Vital statistics of India. Vol. IV, Annual returns from 1871 to 1876. British Army of India, Native Army and jails of Bengal
Year: 1871
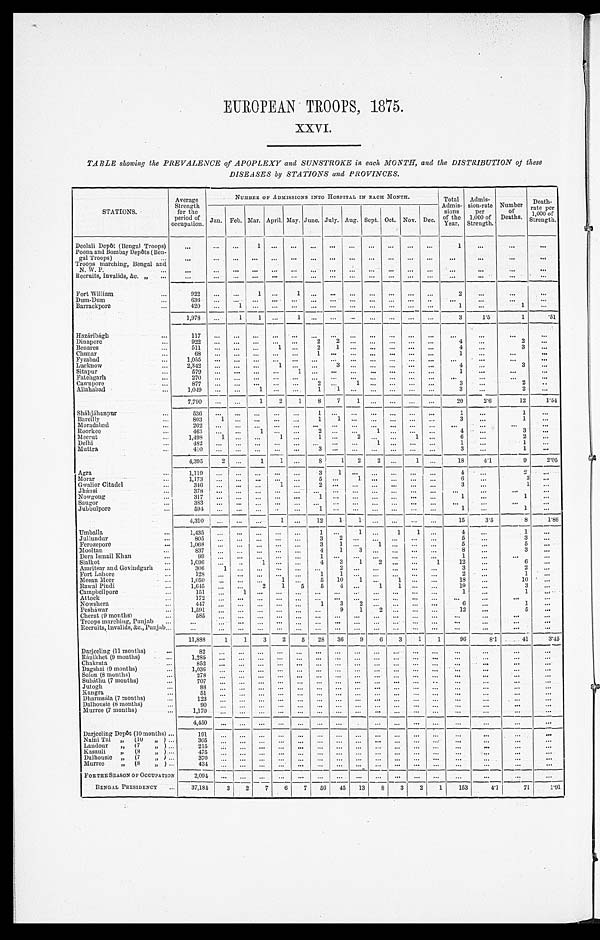
EUROPEAN TROOPS, 1875.
XXVI.
TABLE showing the PREVALENCE of APOPLEXY and SUNSTROKE in each MONTH, and the DISTRIBUTION of these
DISEASES by STATIONS and PROVINCES.
STATIONS.
Average
Strength for the
period of
occupation.
NUMBER OF ADMISSIONS INTO HOSPITAL IN EACH MONTH.
T o t a l
A d m i s -
s i o n s
o f t h e
Y e a r .
A d m i s -
sion-rate
p e r
1 , 0 0 0 o f
Strength.
Number of D e a t h s .
Deat h-
r at e per
1, 000 of
St rengt h.
Jan. Feb. Mar.
A p r i l .
May. June. July. Aug. Sept. Oct. Nov. Dec.
Deolali Depôt (Bengal Troops)
1
1
Poona and Bombay Depôts (Ben-
gal Troops)
Troops marching, Bengal and
N. W. P.
Recruits, Invalids, &c. „
Fort William
922
1
1
2
Dum-Dum
6 3 6
Barrackpore
420
1
1
1
1,978
1 1
1
3
1.5
1
. 5 1
Hazáribágh
117
Dinapore
9 2 2
2 2
4
2
Benares
511
1
2 1
4
3
Chunar
6 8
1
1
Fyzabad
1 , 0 5 5
Lucknow
2,342
1
3
4
3
Sitapur
5 7 9
1
1
Fatehgarh
270
Cawnpore
8 7 7
2
1
3
2
Allahabad
1, 049
1
1 1
3
2
7,790
1 2 1 8 7 1
20 2.6
1 2
1.54
Sháhjáhanpur
536
1
1
1
Bareilly
803 1
1 1
3
1
Moradabad
2 0 2
Roorkee
4 6 3
1
2
1
4
3
Meerut
1,498 1
1
1
2
1
6
2
Delhi
4 8 2
1
1
1
Muttra
4 1 0
3
3
1
4,395 2
1 1
8 1 2
2
1
18 4.1
9 2.05
Agra
1,119
3 1
4
2
Morar
1 , 1 7 3
5
1
6
3
Gwalior Citadel
346
1
2
3
1
Jhánsi
3 7 8
Nowgong
317
1
1
1
Saugor
3 8 3
Jubbulpore
5 9 4
1
1
1
4,310
1
12 1 1
15 3. 5
8 1.86
Umballa
1, 435
1
1
1 1
4
1
Jullundur
805
3 2
5
3
Ferozepore
1, 068
3 1
1
5
5
Mooltan
8 3 7
4 1 3
8
3
Dera Ismail Khan
9 9
1
1
Sialkot
1, 096
1
4 3 1 2
1 12
6
Amritsar and Govindgarh
306 1
2
3
2
Fort Lahore
128
1 1
2
1
Meean Meer
1,050
1
5 10 1
1
18
10
Rawal Pindi
1, 645
2 1 5 5 4
1
1
19
3
Campbellpore
151
1
1
1
Attock
1 7 2
Nowshera
4 4 7
1
3 2
6
1
Pesháwar
1,591
9 1 2
12
5
Cherat (9 months)
585
Troops marching, Punjab
Recruits, Invalids, &c., Punjab
11,888 1 1 3 2 5 28 36 9 6 3 1 1 96
8.1
41 3.45
Darjeeling (11 months)
82
R á n i k h e t ( 9 m o n t h s )
1 , 2 8 5
Chakrata
852
Dagshai (9 months)
1 , 0 3 6
Solon (8 months)
278
Subáthu (7 months)
7 0 7
Jutogh
88
Kangra
51
Dharmsála (7 months)
1 2 3
Dalhousie (8 months)
90
Murree (7 months)
1 , 1 7 0
4, 450
Darjeeling Depôt (10 months)
1 9 1
Naini Tal „ (10 „)
305
Landour „ (7 „)
2 1 5
Kasauli „
(8 „)
475
Dalhousie „ (7 „)
370
Murree „ (8 „)
434
FOR THE SEASON OF OCCUPATION
2, 094
BENGAL PRESIDENCY 37, 184 3 2 7 6 7 56 45 13 8 3 2 1 153
4.1
71
1.91